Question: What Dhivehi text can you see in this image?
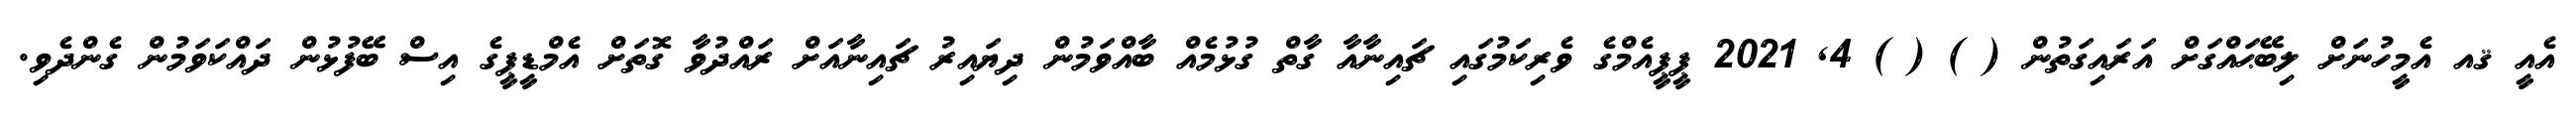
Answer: އެއީ ޤއ އެމީހުނަށް ލިބޭޙައްގަށް އަރައިގަތުން ( ) ( ) 4, 2021 ޕީޕީއެމްގެ ވެރިކަމުގައި ޗައިނާއާ ގާތް ގުޅުމެއް ބާއްވަމުން ދިޔައިރު ޗައިނާއަށް ރައްދުވާ ގޮތަށް އެމްޑީޕީގެ އިސް ބޭފުޅުން ދައްކަވަމުން ގެންދެވި.